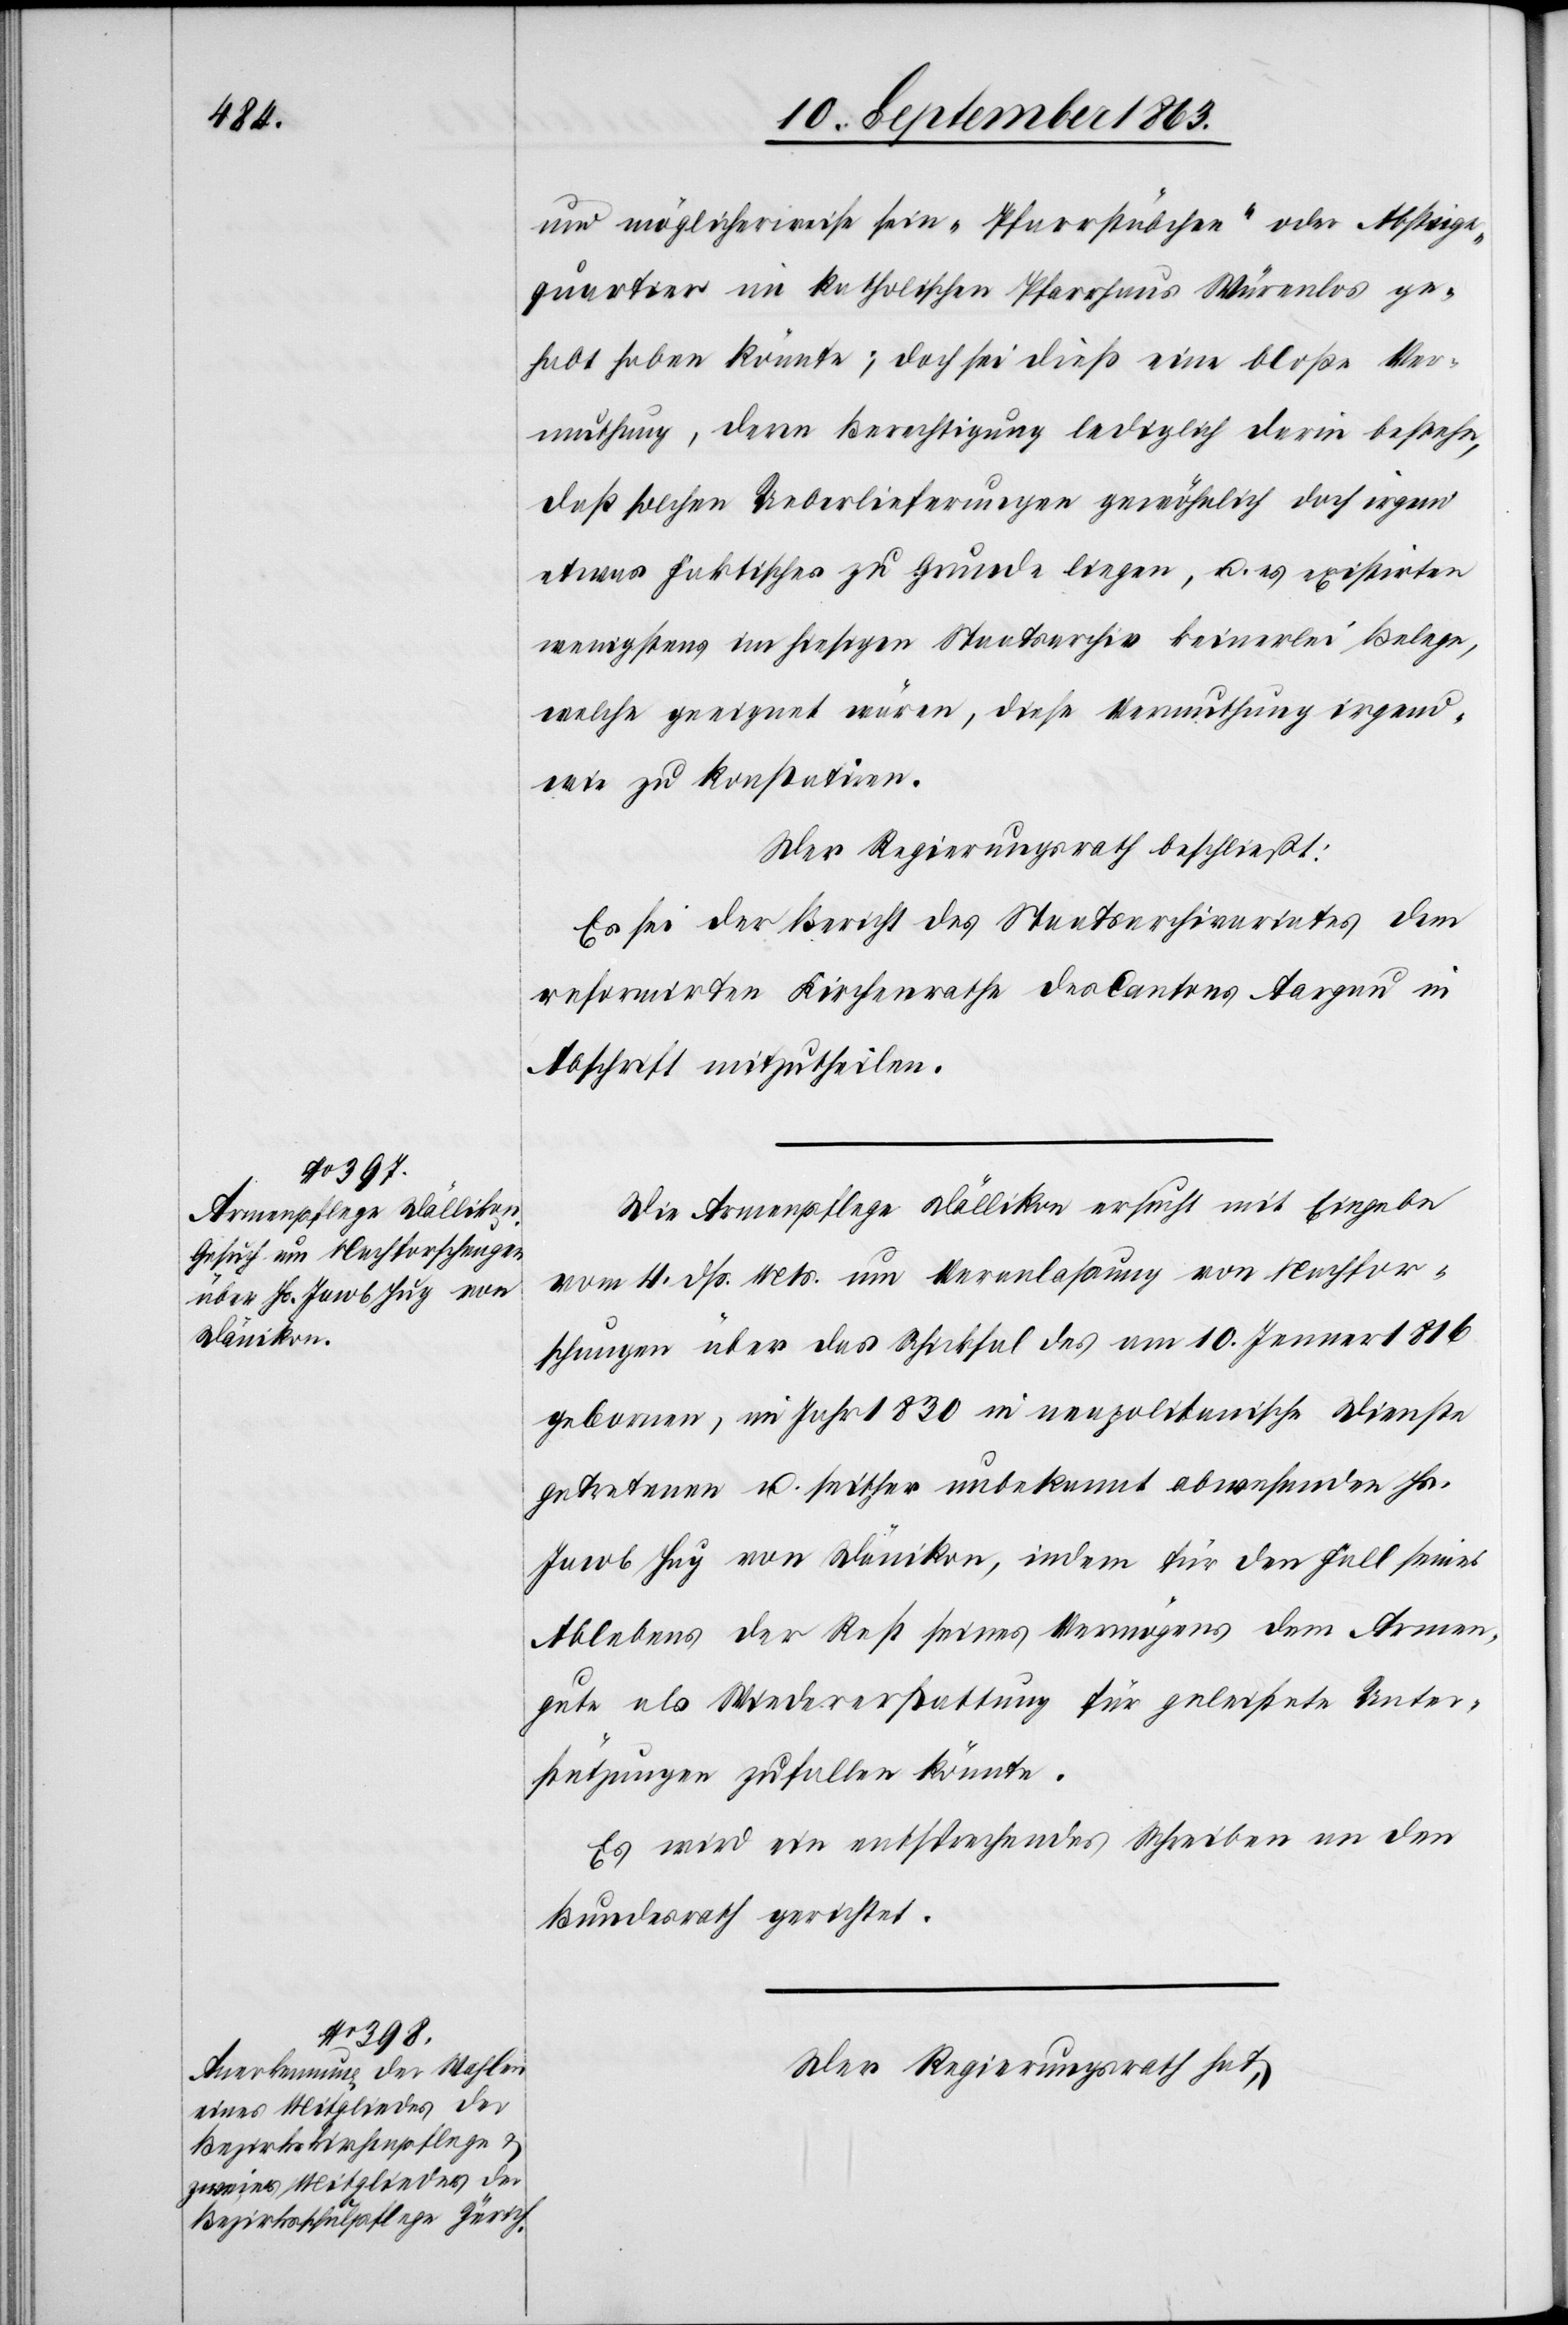
und möglicherweise sein „Pfarrstübchen“ oder Absteige¬
quartier im katholischen Pfarrhaus Würenlos ge¬
habt haben könnte; doch sei dieß eine bloße Ver¬
muthung, deren Berechtigung lediglich darin bestehe,
daß solchen Ueberlieferungen gewöhnlich doch irgend
etwas Faktisches zu Grunde liegen, u. es existirten
wenigstens im hiesigen Staatsarchiv keinerlei Belege,
welche geeignet wären, diese Vermuthung irgend¬
wie zu konstatiren.
Der Regierungsrath beschließt:
Es sei der Bericht des Staatsarchivariates dem
reformirten Kirchenrathe des Cantons Aargau in
Abschrift mitzutheilen.
Die Armenpflege Dällikon ersucht mit Eingabe
vom 4. dß. Mts. um Veranlaßung von Nachfor¬
schungen über das Schicksal des am 10. Jenner 1816
gebornen, im Jahr 1830 in neapolitanische Dienste
getretenen u. seither unbekannt abwesenden Hs.
Jacob Hug von Dänikon, indem für den Fall seines
Ablebens der Rest seines Vermögens dem Armen¬
gute als Wiedererstattung für geleistete Unter¬
stützungen zufallen könnte.
Es wird ein entsprechendes Schreiben an den
Bundesrath gerichtet.
Der Regierungsrath hat,